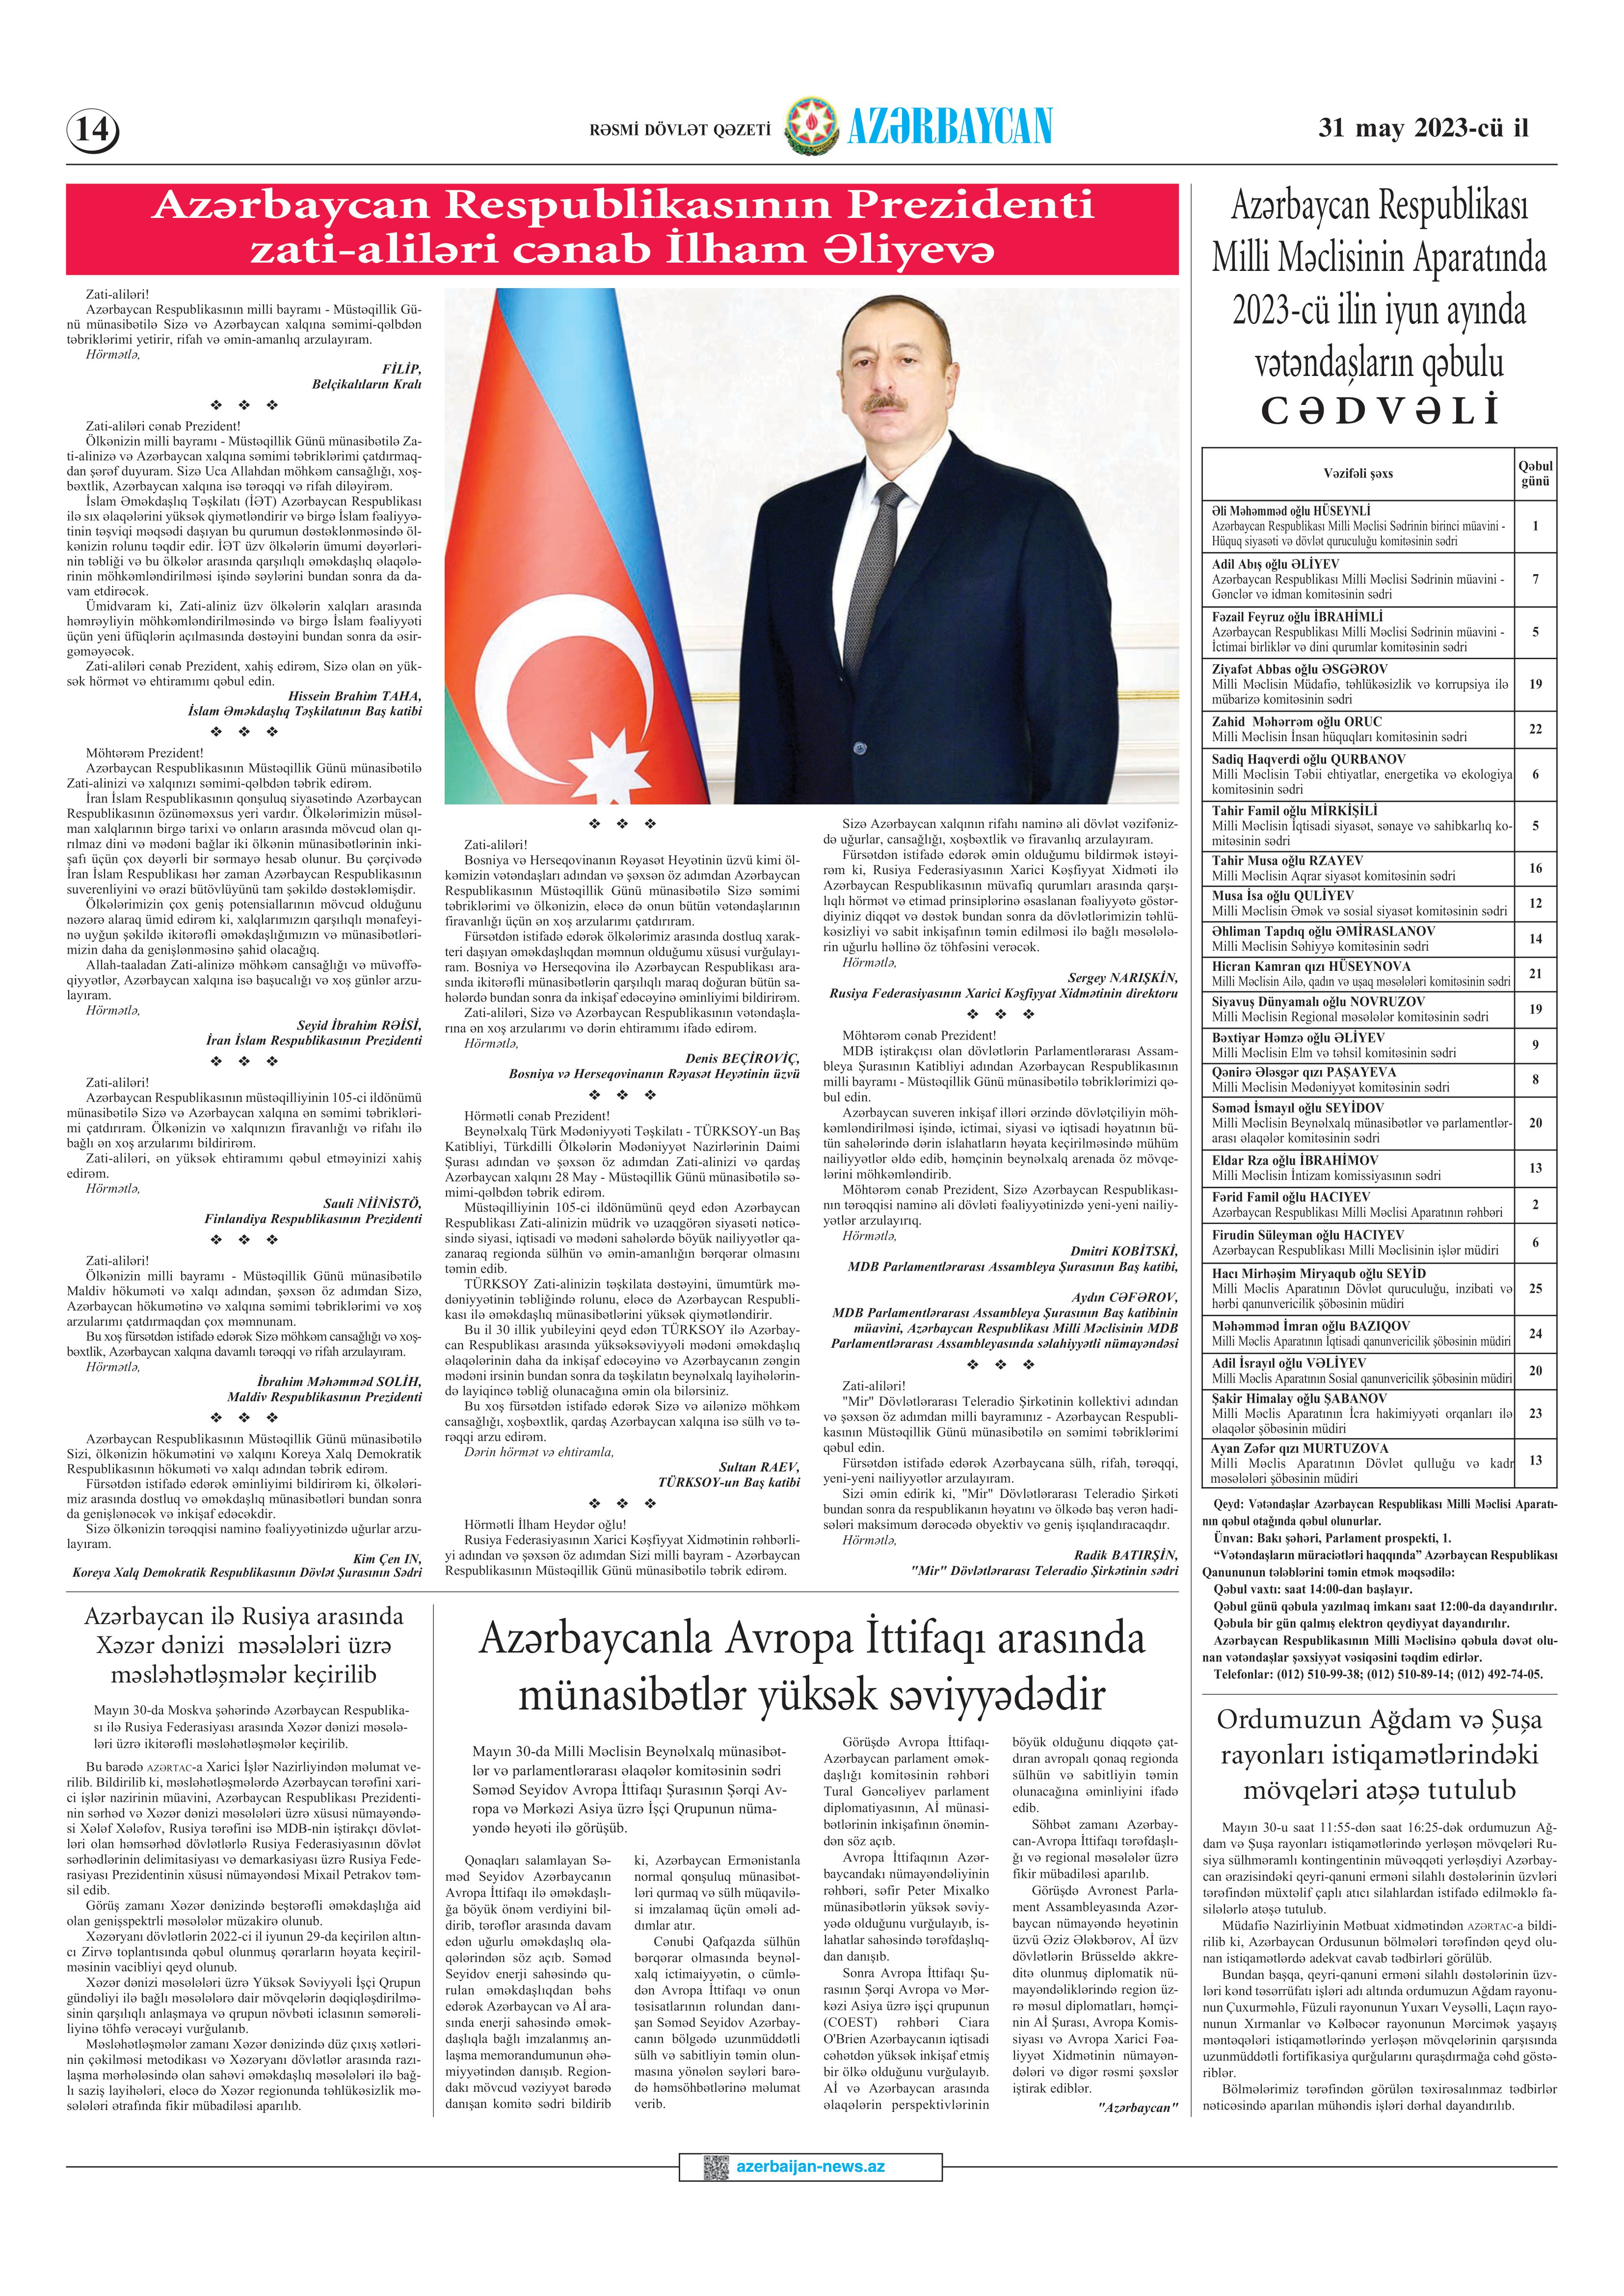
Language: az